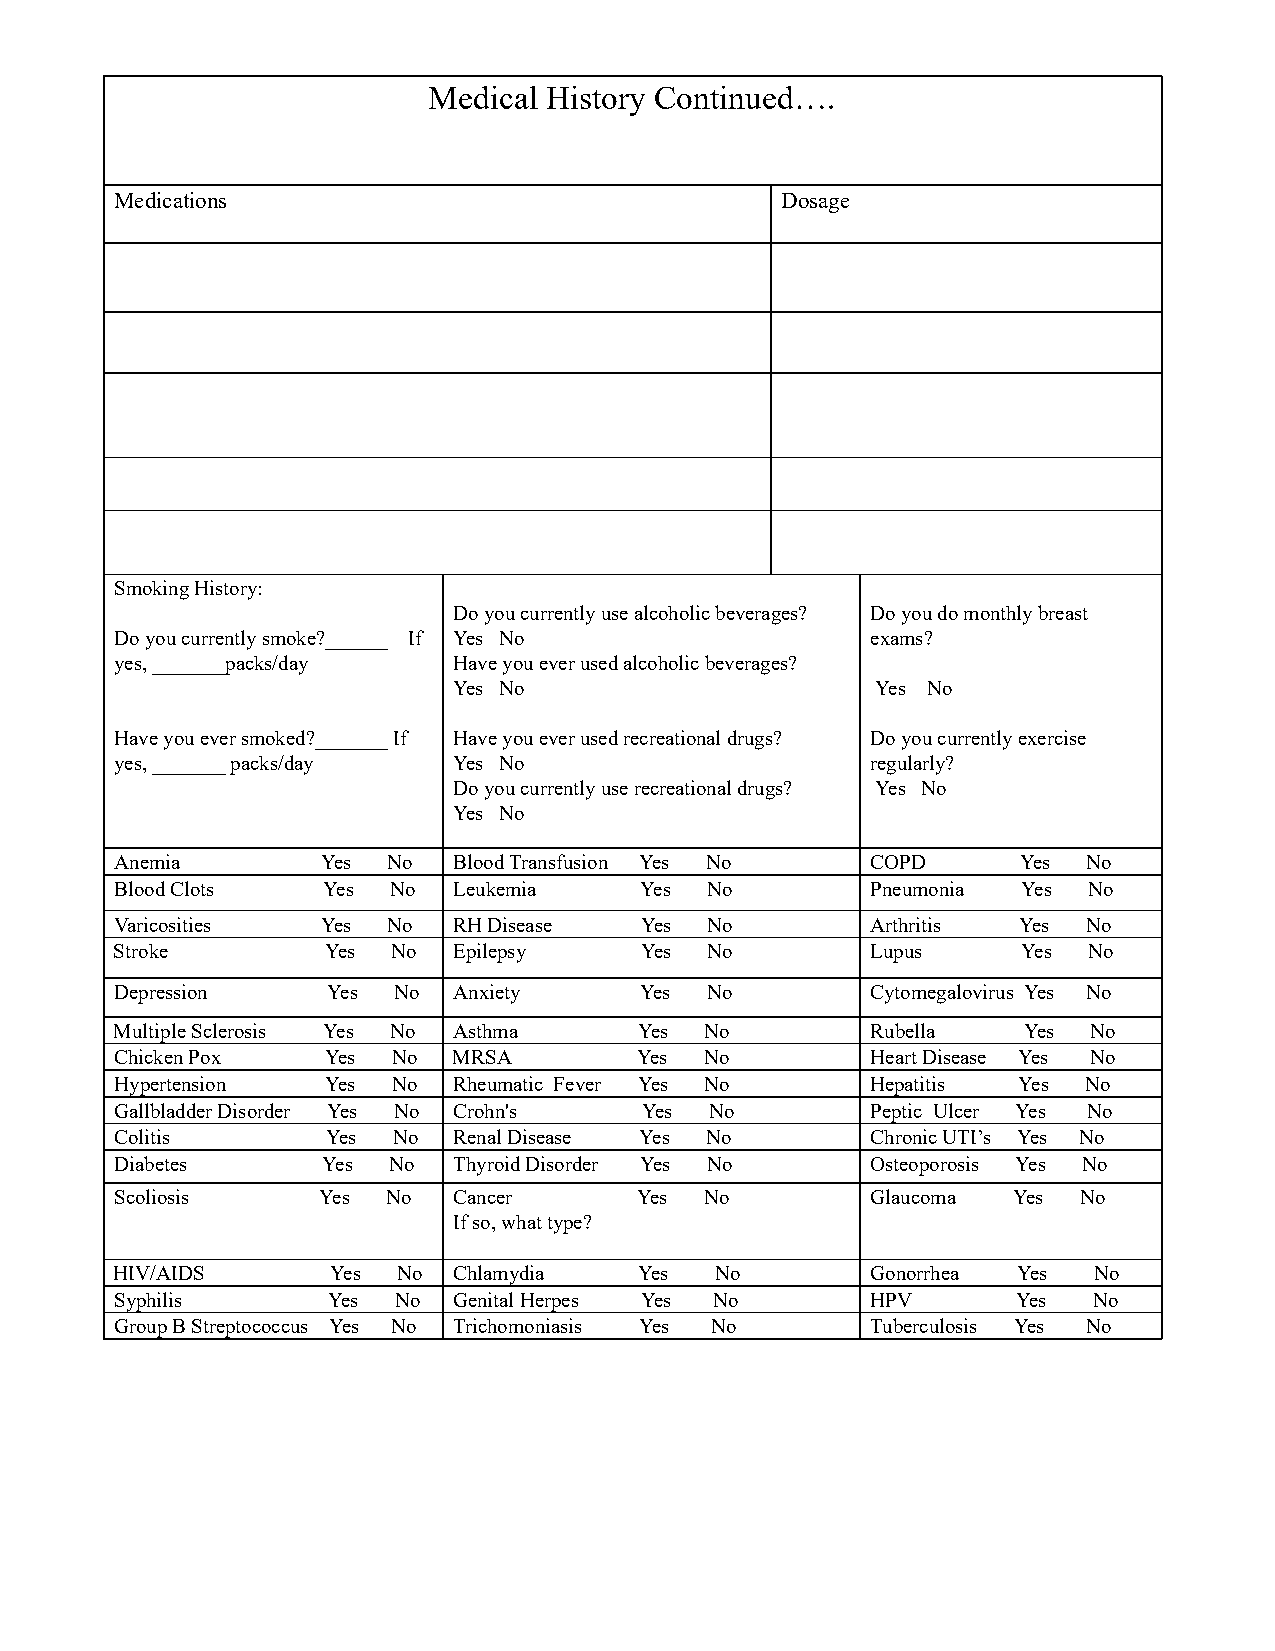
Medical History Continued….
 Medications                                 Dosage
 Smoking History:
 Do you currently use alcoholic beverages? Do you do monthly breast
 Do you currently smoke?______ If Yes No           exams?
 yes, _______packs/day Have you ever used alcoholic beverages?
 Yes No                      Yes No
 Have you ever smoked?_______ If Have you ever used recreational drugs? Do you currently exercise
 yes, _______ packs/day Yes No                     regularly?
 Do you currently use recreational drugs? Yes No
 Yes No
 Anemia       Yes  No  Blood Transfusion Yes No    COPD      Yes No
 Blood Clots  Yes  No  Leukemia    Yes  No         Pneumonia Yes No
 Varicosities Yes  No  RH Disease  Yes  No         Arthritis Yes No
 Stroke       Yes  No  Epilepsy    Yes  No         Lupus     Yes No
 Depression    Yes No  Anxiety     Yes  No         Cytomegalovirus Yes No
 Multiple Sclerosis Yes No Asthma  Yes  No         Rubella   Yes No
 Chicken Pox   Yes No  MRSA        Yes  No         Heart Disease Yes No
 Hypertension  Yes No  Rheumatic Fever Yes No      Hepatitis Yes No
 Gallbladder Disorder Yes No Crohn's Yes No        Peptic Ulcer Yes No
 Colitis       Yes No  Renal Disease Yes No        Chronic UTI’s Yes No
 Diabetes     Yes  No  Thyroid Disorder Yes No     Osteoporosis Yes No
 Scoliosis    Yes  No  Cancer      Yes  No         Glaucoma Yes No
 If so, what type?
 HIV/AIDS      Yes No  Chlamydia   Yes  No         Gonorrhea Yes No
 Syphilis      Yes No  Genital Herpes Yes No       HPV      Yes  No
 Group B Streptococcus Yes No Trichomoniasis Yes No Tuberculosis Yes No